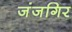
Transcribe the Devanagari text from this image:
जंजगिर